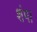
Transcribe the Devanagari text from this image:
शंपा